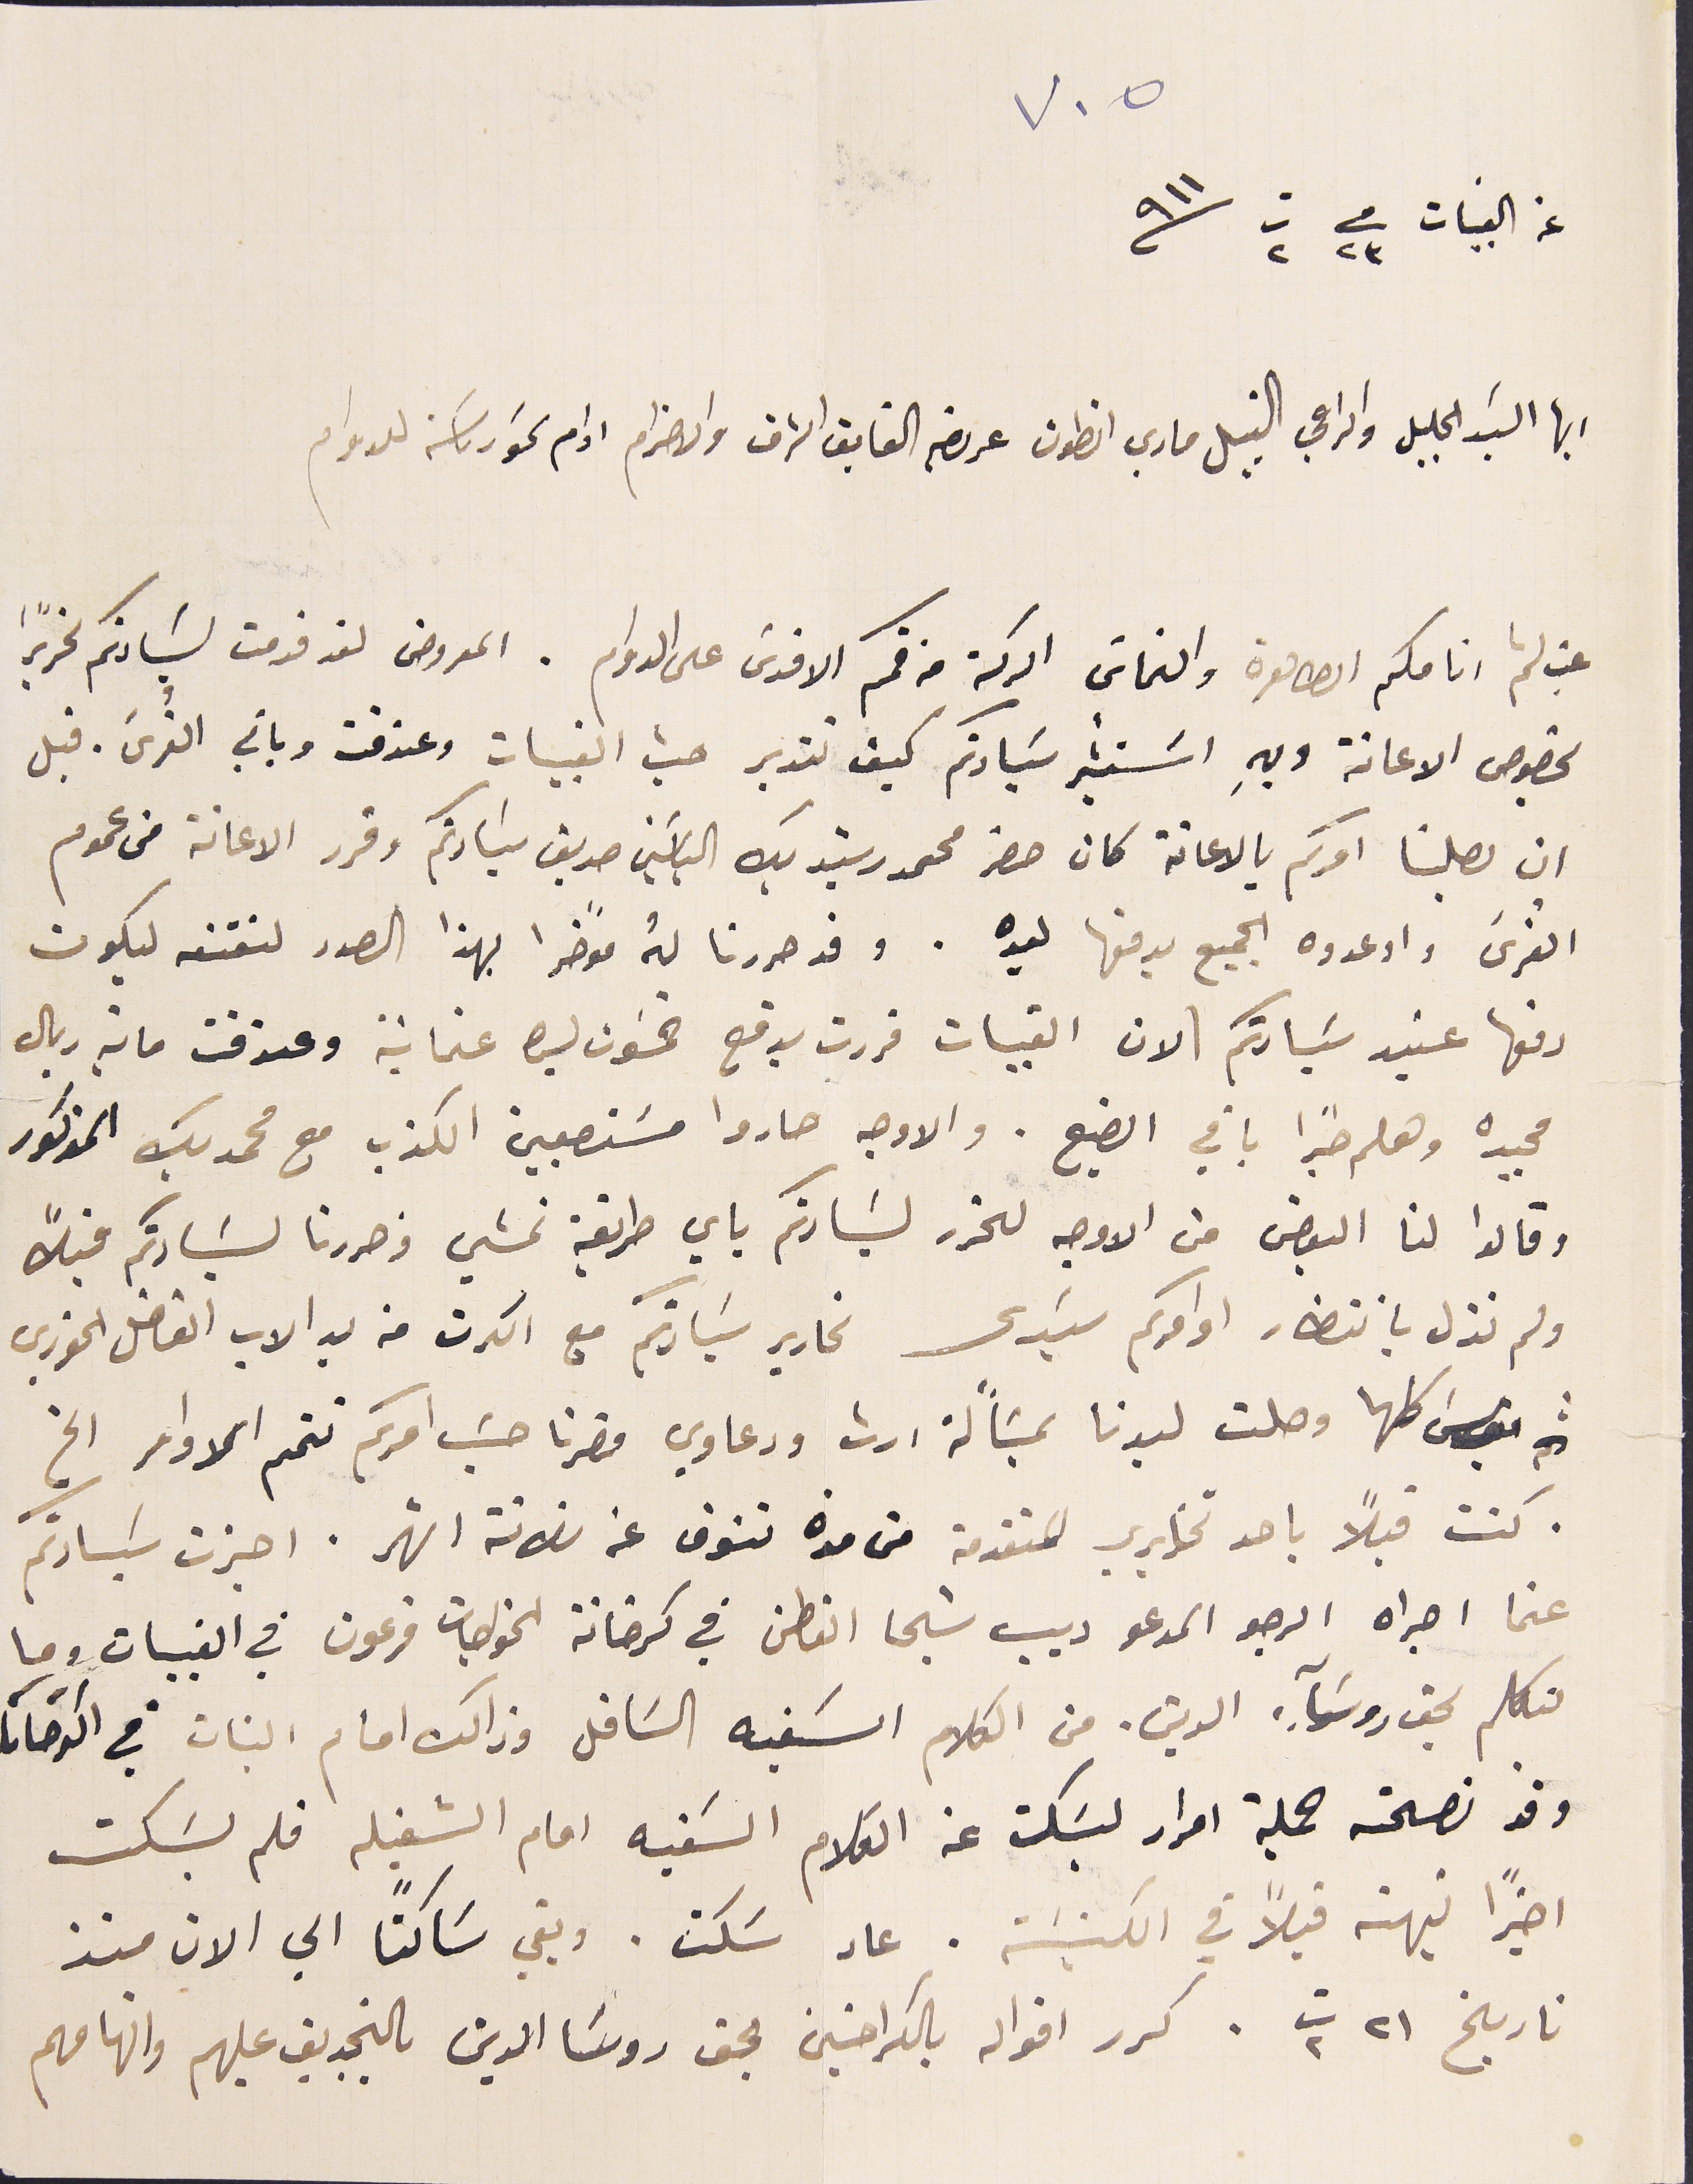
٧٠٥
عن القبيات فى ٢٣ ت٢ سنه ٩١١
ايها السَيد الجليل والراعي النبيل ماري انطون عريضه الفايق الشرف والاحترام ادام سَمو رىاسَته للدوام
غب لثم انامكم الطاهرة والتماسَ البركة من فمكم الاقدسَ على الدوام. المعروض لقد قدمت لسَيادتكم تحريرًا
بخصوص الاعانة وبهِ اسَتشير سَيادتكم كيف تتدبر حسب القبيات وعندقت وباقي القُرى. قبل
ان يصلنا امركم بالاعانة كان حضر محمد رشيد بك الياسَين صديق سَيادتكم وقرر الاعانة من عموم
القرى واوعدوه الجميع بدفعها ليده . وقد حررنا لهُ موًخرا بهذا الصدد لنقنعه ليكون
دفعها عنيد سَيادتكم \ لان القبيات قررت بدفع خمسَون ليرة عثمانية وعندقت ماية ريال
مجيده وهلم جرًا باقي الضيع. والاوجه صاروا مستصعبين الكذب مع محمد بك المذكور
وقالوا لنا البعض من الاوجه لتحرر لسَيادتكم باي طريقة نمشي قد حررنا لسَيادتكم قبلاً
ولم نزل بانتظار اوامركم سَيدي تحارير سَيادتكم مع الكرت من يد الاب الفاضل الخوري
بولسَ كلها وصلت ليدنا بمسَاًلة ارث ودعاوي حضرنا حسَب امركم تتمم الاوامر الخ
كنت قبلاً باحد تخابري المتقدمة من مدة تنوف عن ثلاثة اشهر. اجزت سَيادتكم
عنما اجراه الرجو المدعو ديب شيحا القطن في كرخانة الخواجات فرعون في القبيات وما
تكلم بحق روسَآء الدين. من الكلام السَفيه السَافل وذلك امام البنات في الكرخانا
وقد نصحته جملة امرار ليسَكت عن الكلام السَفيه امام الشغيله فلم يسَكت
اخيرًا نبهته قبلاً في الكنيسَة. عاد سَكت. وبقي سَاكتًا الي الان منذ
تاريخ ٢١ ت٢. كرر اقواله بالكراخين بحق روسَا الدين بالتجديف عليهم واتهامهم